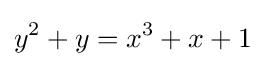
y^{2}+y=x^{3}+x+1